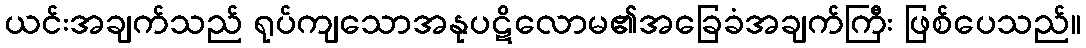
ယင်းအချက်သည် ရုပ်ကျသောအနုပဋိလောမ၏အခြေခံအချက်ကြီး ဖြစ်ပေသည်။